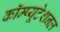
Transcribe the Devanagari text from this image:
कॉम्प्यूटेशनल